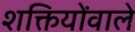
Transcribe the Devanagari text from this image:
शक्तियोंवाले